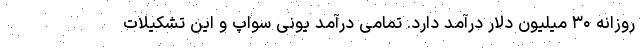
روزانه ۳۰ میلیون دلار درآمد دارد. تمامی درآمد یونی سواپ و این تشکیلات